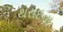
થરાદના